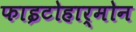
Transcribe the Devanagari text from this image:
फाइटोहार्मोन